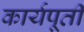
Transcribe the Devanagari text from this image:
कार्यपूर्ती